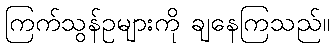
ကြက်သွန်ဥများကို ချနေကြသည်။